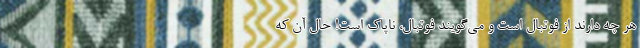
هر چه دارند از فوتبال است و می‌گویند فوتبال، ناپاک است! حال آن که